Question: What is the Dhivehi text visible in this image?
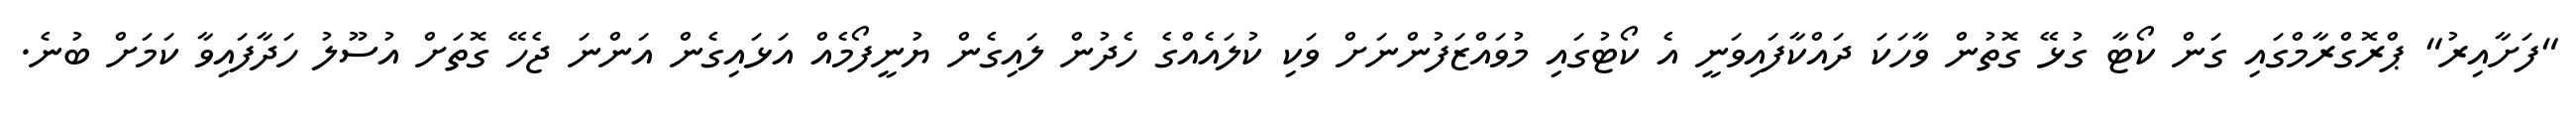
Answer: "ފަށާއިރު" ޕްރޮގްރާމްގައި ގަން ކޯޓާ ގުޅޭ ގޮތުން ވާހަކަ ދައްކާފައިވަނީ އެ ކޯޓުގައި މުވައްޒަފުންނަށް ވަކި ކުލައެއްގެ ހެދުން ލައިގެން ޔުނީފޯމެއް އަޅައިގެން އަންނަ ޖެހޭ ގޮތަށް އުސޫލު ހަދާފައިވާ ކަމަށް ބުނެ.